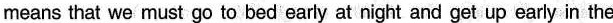
means that we must go to bed early at night and get up early in the